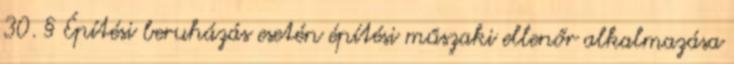
30. § Építési beruházás esetén építési műszaki ellenőr alkalmazása